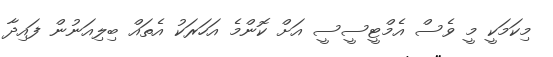
މިކަމަކީ މީ ވެސް އެމްޓީސީސީ އަށް ކޮންމެ އަހަރަކު އެތައް ބިލިއަނުން ފައިދާ